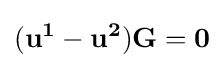
\mathbf {(u^{1}-u^{2})G=0}